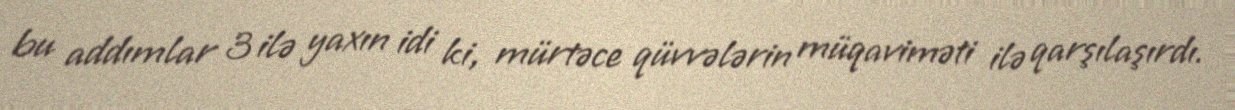
bu addımlar 3 ilə yaxın idi ki, mürtəce qüvvələrin müqaviməti ilə qarşılaşırdı.